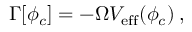
\Gamma [ \phi _ { c } ] = - \Omega V _ { \mathrm { e f f } } ( \phi _ { c } ) \: ,